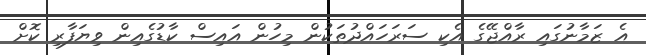
އެ ޒަމާނުގައި ރާއްޖޭގެ އެކި ސަރަހައްދުތަކުން މިހުން އައިސް ކާޑުގެއިން ވިޔަފާރި ކޮށް